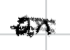
Text: an
Cross-out: mix
Writing tool: digital_black